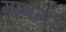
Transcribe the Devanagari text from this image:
मामनी